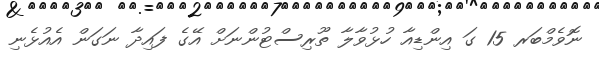
ނޮވެމްބަރ 15 ގަ އިންޑިއާ ހުޅުވާލާ ތޫރިސްޓުންނަށް އޭގެ ފައިދާ ނަގަން އެއުޅެނި